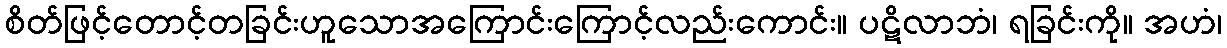
စိတ်ဖြင့်တောင့်တခြင်းဟူသောအကြောင်းကြောင့်လည်းကောင်း။ ပဋိလာဘံ၊ ရခြင်းကို။ အဟံ၊